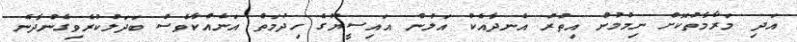
އަދި މަރާމާތުކޮށް ނިމުމުން އިތުރު އެނދާއެކު އަލުން އައިސީޔޫގެ ހިދުމަތް އަނެއްކާވެސް ބަދަލުކުރެވިގެންދާނެ